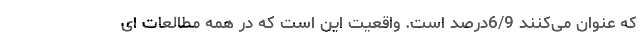
که عنوان می‌کنند 6/9درصد است. واقعیت این است که در همه مطالعات ای